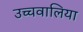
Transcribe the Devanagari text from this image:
उच्चवालिया